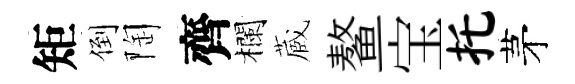
矩倒陶齊欄蔵鳌宝托茅